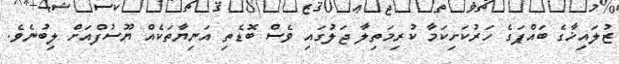
ޒުލައިޚާގެ ބައްޕަގެ ހަރުކަށިކަމާ ކުރިމަތިލާ ޖަލުގައި ވެސް ބޮޑެތި އަނިޔާތަކެއް ޔޫސުފްއަށް ލިބުނެވެ.